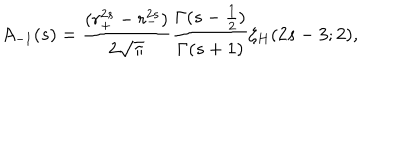
A _ { - 1 } ( s ) = { \frac { ( r _ { + } ^ { 2 s } - r _ { - } ^ { 2 s } ) } { 2 \sqrt { \pi } } } { \frac { \Gamma ( s - { \frac { 1 } { 2 } } ) } { \Gamma ( s + 1 ) } } \zeta _ { H } ( 2 s - 3 ; 2 ) ,